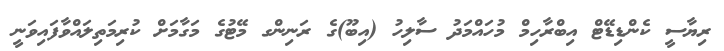
ރިޔާސީ ކެންޑިޑޭޓް އިބްރާހިމް މުހައްމަދު ސާލިހު (އިބޫ)ގެ ރަނިންގ މޭޓުގެ މަގާމަށް ކުރިމަތިލައްވާފައިވަނީ